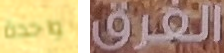
واحدة الفرق